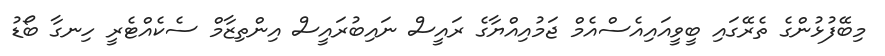
މިބޭފުޅުންގެ ތެރޭގައި ބީވީއައިއެސްއެމް ޖަމުއިއްޔާގެ ރައީސް ނައިބުރައީސް އިންތިޒާމް ސެކެއްޓެރީ ހިނގާ ބޯޑު